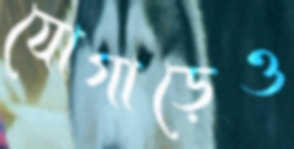
যোগাড়েও